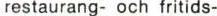
restaurang- och fritids-